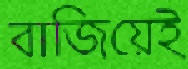
বাজিয়েই